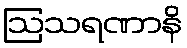
ဩသရဏာနိ